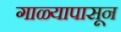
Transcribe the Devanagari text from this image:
गाळ्यापासून